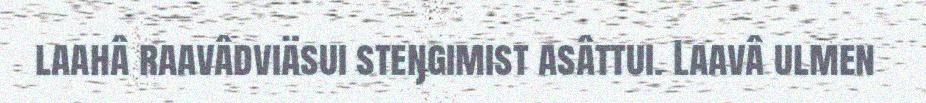
laahâ raavâdviäsui steŋgimist asâttui. Laavâ ulmen